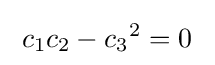
\;c_{1}c_{2}-{c_{3}}^{2}=0~